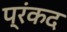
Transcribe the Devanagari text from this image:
प्रंकद